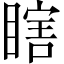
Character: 瞎